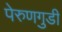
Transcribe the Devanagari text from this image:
पेरुणगुडी